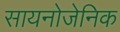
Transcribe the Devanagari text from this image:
सायनोजेनिक